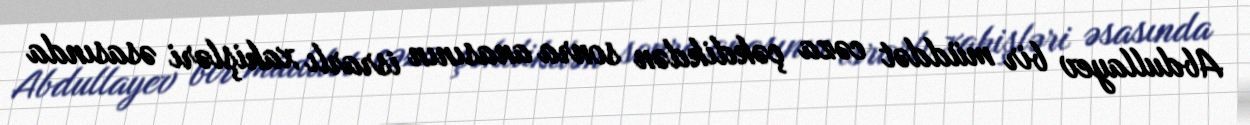
Abdullayev bir müddət cəza çəkdikdən sonra anasının israrlı xahişləri əsasında